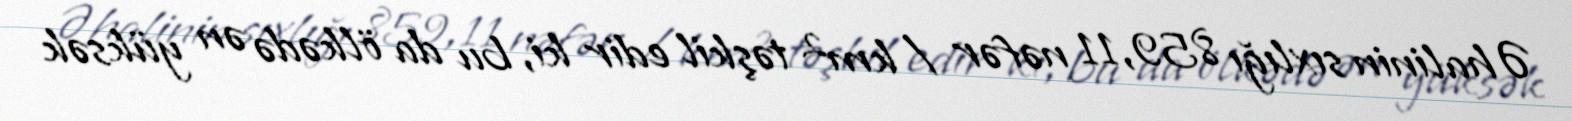
Əhalinin sıxlığı 859,11 nəfər / km² təşkil edir ki, bu da ölkədə ən yüksək